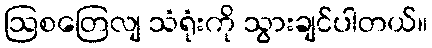
ဩစတြေလျ သံရုံးကို သွားချင်ပါတယ်။